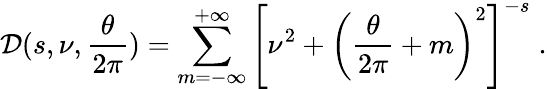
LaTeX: {\cal D}(s,\nu,{\frac{\theta}{2\pi}})=\sum_{m=-\infty}^{+\infty}\left[\nu^{2}+\left({\frac{\theta}{2\pi}}+m\right)^{2}\right]^{-s}\; .